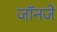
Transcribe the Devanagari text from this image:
जॉनजे